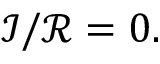
{ \mathcal { I } } / { \mathcal { R } } = 0 .